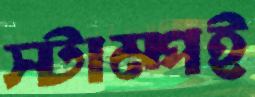
স্টাম্পই